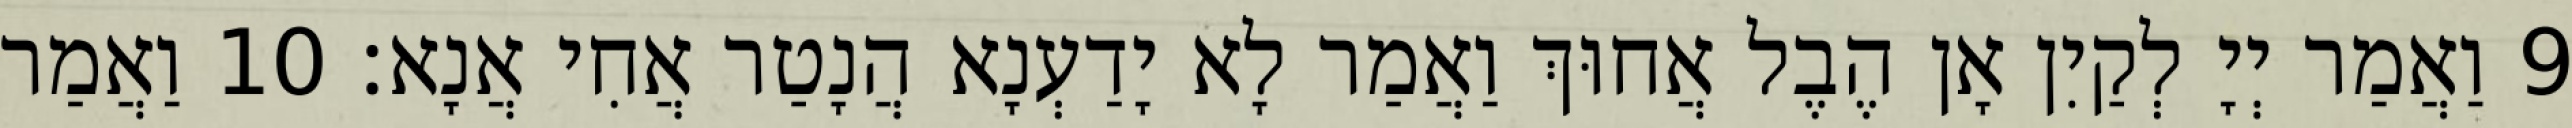
9 וַאֲמַר יְיָ לְקַיִן אָן הֶבֶל אֲחוּךְ וַאֲמַר לָא יָדַעְנָא הֲנָטַר אֲחִי אֲנָא׃ 10 וַאֲמַר